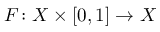
F \colon X \times [ 0 , 1 ] \to X